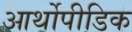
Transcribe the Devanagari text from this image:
आर्थोपीडिक